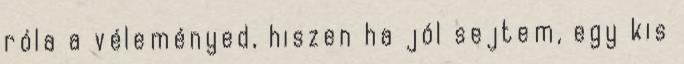
róla a véleményed, hiszen ha jól sejtem, egy kis